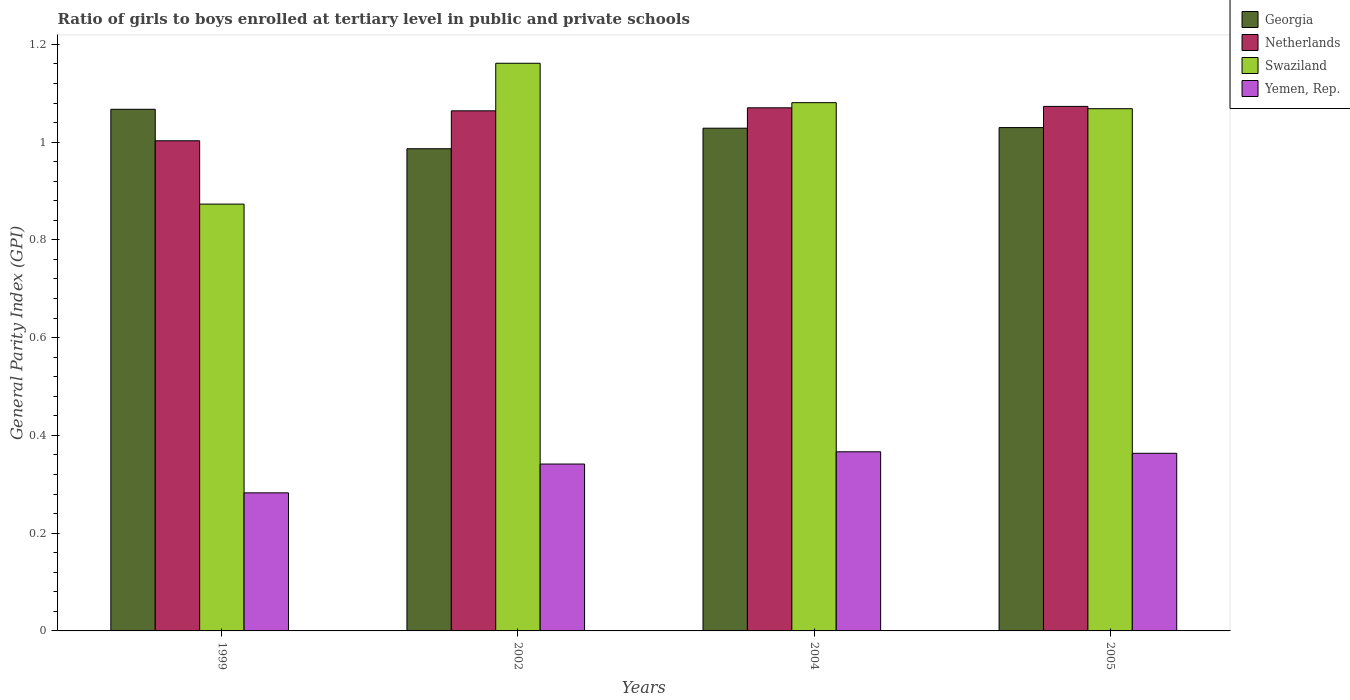
| Years | Georgia | Netherlands | Swaziland | Yemen, Rep. |
 | --- | --- | --- | --- | --- |
 | 1999 | 1.07 | 1 | 0.873 | 0.282 |
 | 2002 | 0.986 | 1.06 | 1.16 | 0.341 |
 | 2004 | 1.03 | 1.07 | 1.08 | 0.366 |
 | 2005 | 1.03 | 1.07 | 1.07 | 0.363 |